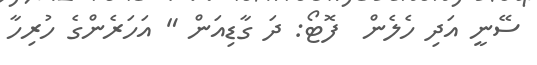
ސޭނީ އަދި ހެެލެން  ފޮޓޯ: ދަ ގާޑިއަން " އަހަރެންގެ ހުރިހާ